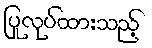
ပြုလုပ်ထားသည့်